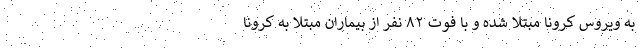
به ویروس کرونا مبتلا شده و با فوت ۸۲ نفر از بیماران مبتلا به کرونا